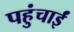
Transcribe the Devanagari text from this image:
पहुंचाईं